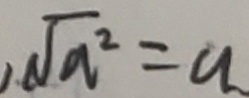
\sqrt { a ^ { 2 } } = a